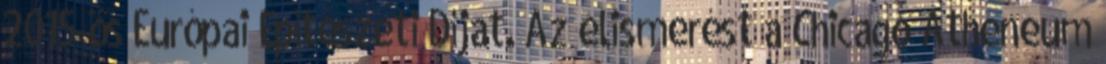
2015-ös Európai Építészeti Díjat. Az elismerést a Chicago Atheneum